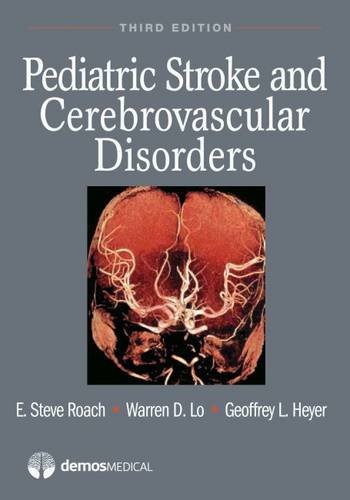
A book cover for Pediatric Stroke and Cerebrovascular Disorders; E. Steve Roach MD; Health, Fitness & Dieting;